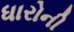
ધારોની